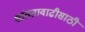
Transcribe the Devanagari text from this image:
शांततावाढीसाठी